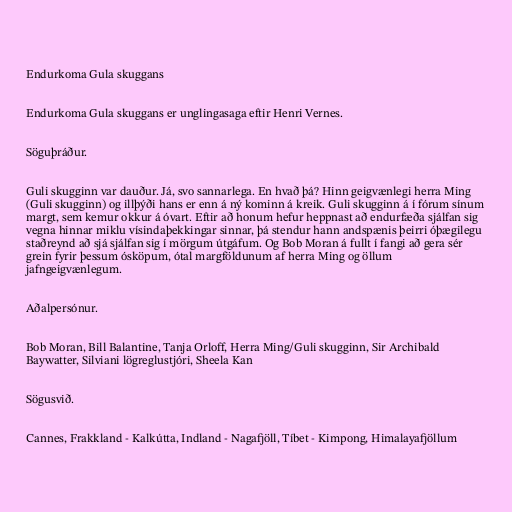
Endurkoma Gula skuggans

Endurkoma Gula skuggans er unglingasaga eftir Henri Vernes.

Söguþráður.

Guli skugginn var dauður. Já, svo sannarlega. En hvað þá? Hinn geigvænlegi herra Ming
(Guli skugginn) og illþýði hans er enn á ný kominn á kreik. Guli skugginn á í fórum sínum
margt, sem kemur okkur á óvart. Eftir að honum hefur heppnast að endurfæða sjálfan sig
vegna hinnar miklu vísindaþekkingar sinnar, þá stendur hann andspænis þeirri óþægilegu
staðreynd að sjá sjálfan sig í mörgum útgáfum. Og Bob Moran á fullt í fangi að gera sér
grein fyrir þessum ósköpum, ótal margföldunum af herra Ming og öllum
jafngeigvænlegum.

Aðalpersónur.

Bob Moran, Bill Balantine, Tanja Orloff, Herra Ming/Guli skugginn, Sir Archibald
Baywatter, Silviani lögreglustjóri, Sheela Kan

Sögusvið.

Cannes, Frakkland - Kalkútta, Indland - Nagafjöll, Tíbet - Kimpong, Himalayafjöllum